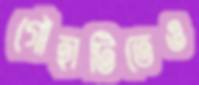
গৌহাটিতেও